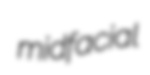
midfacial